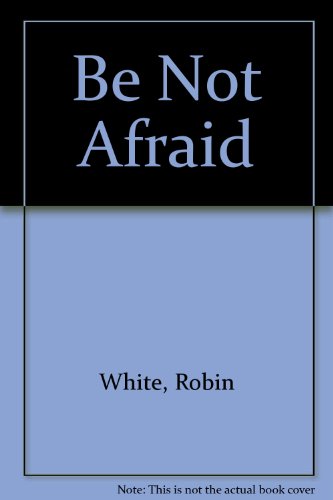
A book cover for Be Not Afraid; Robin White; Health, Fitness & Dieting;